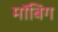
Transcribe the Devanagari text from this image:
मॉबिंग